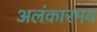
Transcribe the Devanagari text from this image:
अलंकारमय